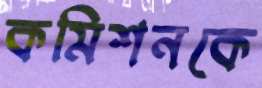
কমিশনকে